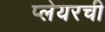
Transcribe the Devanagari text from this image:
प्लेयरची